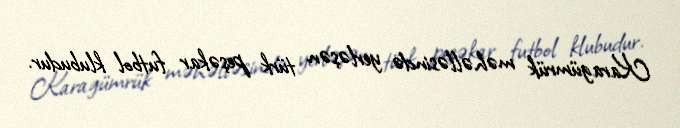
Karagümrük məhəlləsində yerləşən türk peşəkar futbol klubudur.